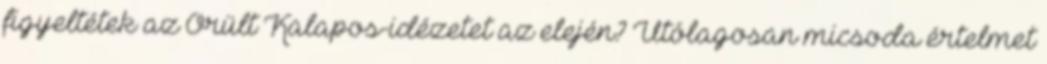
figyeltétek az Őrült Kalapos-idézetet az elején? Utólagosan micsoda értelmet